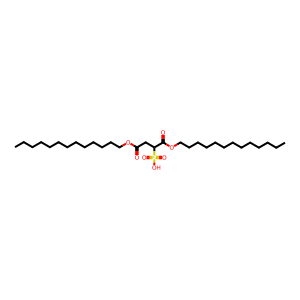
SMILES: CCCCCCCCCCCCCOC(=O)CC(C(=O)OCCCCCCCCCCCCC)S(=O)(=O)O
Inhibits HIV replication: No